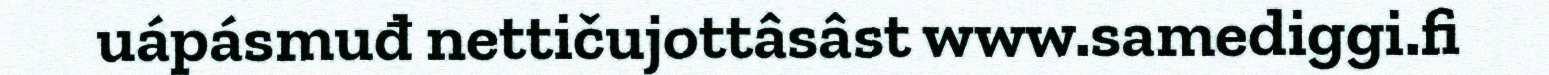
uápásmuđ nettičujottâsâst www.samediggi.fi